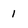
Character: 1